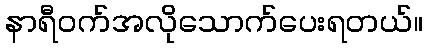
နာရီဝက်အလိုသောက်ပေးရတယ်။